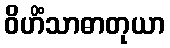
ဝိဟိံသာဓာတုယာ